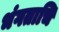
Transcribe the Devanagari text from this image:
भंगताचि